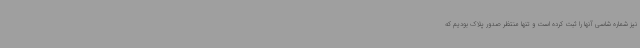
نیز شماره شاسی آنها را ثبت کرده است و تنها منتظر صدور پلاک بودیم که